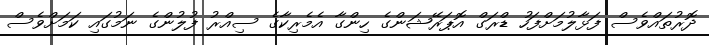
ދޮރުތައްވެސް ފަޅާލުމަށްފަހު ޑްރަގް އޮޕަރޭޝަންގެ ހިންގާ އެމެރިކާގެ ސިއްރު ފުލުންގެ ނަމުގައި ކަމަށްވެސް